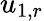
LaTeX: u_{1,r}